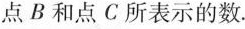
点B和点C所表示的数